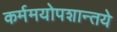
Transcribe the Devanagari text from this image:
कर्ममयोपशान्तये